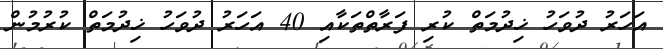
އަހަރު ދުވަހު ޚިދުމަތް ކުރި ފަރާތްތަކާއި 40 އަހަރު ދުވަހު ޚިދުމަތް ކުރުމުން